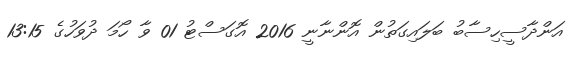
އަންދާސީހިސާބު ބަލައިގަތުން އޮންނާނީ 2016 އޮގަސްޓު 01 ވާ ހޯމަ ދުވަހުގެ 13:15